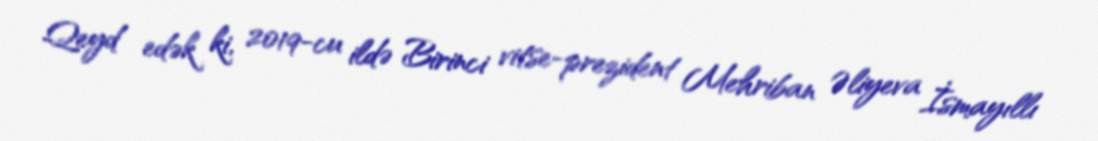
Qeyd edək ki, 2019-cu ildə Birinci vitse-prezident Mehriban Əliyeva İsmayıllı